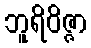
ဘူရိဝိဇ္ဇာ